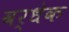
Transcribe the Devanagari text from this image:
वर्धेक